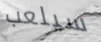
سيلعب